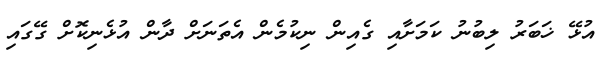
އުޅޭ ޚަބަރު ލިބުނު ކަމަށާއި ގެއިން ނިކުމެން އެތަނަށް ދާން އުޅެނިކޮށް ގޭގައި